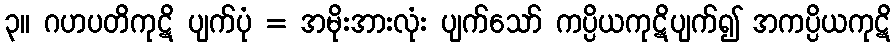
၃။ ဂဟပတိကုဋိ ပျက်ပုံ = အမိုးအားလုံး ပျက်သော် ကပ္ပိယကုဋိပျက်၍ အကပ္ပိယကုဋိ